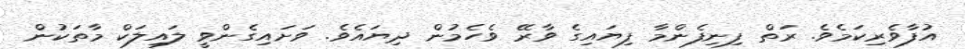
އުފާވެރިކަމެވެ. ރަތް ފިނިފެންމާ ފިޔައިގެ ވާރޭ ވެހެމުން ދިޔައެވެ. ވަށައިގެންވީ ލައިލަކް މާތަކުން